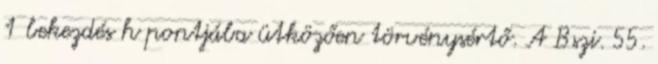
1 bekezdés h pontjába ütközően törvénysértő. A Bszi. 55.